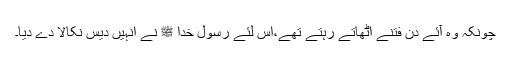
چونکہ وہ آئے دن فتنے اُٹھاتے رہتے تھے،اس لئے رسول خدا ﷺ نے انہیں دیس نکالا دے دیا۔